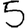
Digit: 5